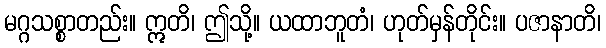
မဂ္ဂသစ္စာတည်း။ ဣတိ၊ ဤသို့။ ယထာဘူတံ၊ ဟုတ်မှန်တိုင်း။ ပဇာနာတိ၊